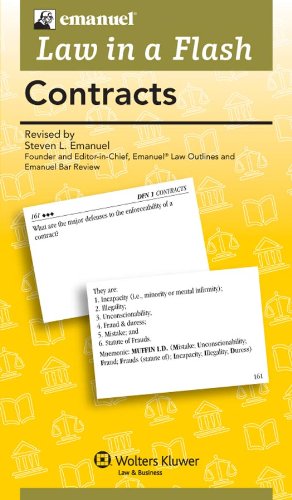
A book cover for Law in a Flash: Contracts; Steven L. Emanuel; Law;